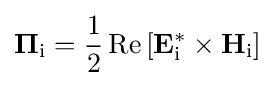
\mathbf {\Pi } _{\text{i}}={\frac {1}{2}}\operatorname {Re} \left[\mathbf {E} _{\text{i}}^{*}\times \mathbf {H} _{\text{i}}\right]